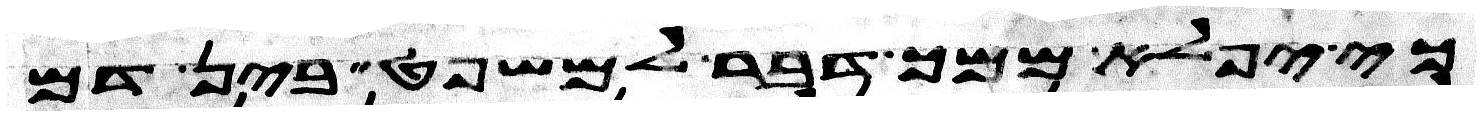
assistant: כי יפלא ממך דבר למשפט בין דם